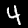
Label: 4